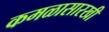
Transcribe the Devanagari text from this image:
कमळासारखी